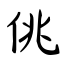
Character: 佻